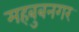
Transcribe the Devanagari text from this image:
महबुबनगर